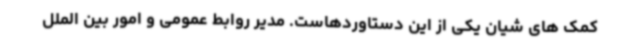
کمک های شیان یکی از این دستاوردهاست. مدیر روابط عمومی و امور بین الملل